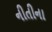
નીતીના